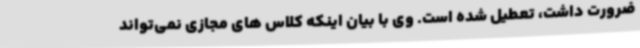
ضرورت داشت، تعطیل شده است. وی با بیان اینکه کلاس های مجازی نمی‌تواند